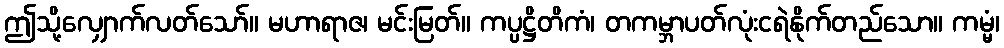
ဤသို့လျှောက်လတ်သော်။ မဟာရာဇ၊ မင်းမြတ်။ ကပ္ပဋ္ဌိတိကံ၊ တကမ္ဘာပတ်လုံးငရဲနိုက်တည်သော။ ကမ္မံ၊